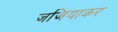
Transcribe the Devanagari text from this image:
जजियाकर